Quinine and its salts - Number 41
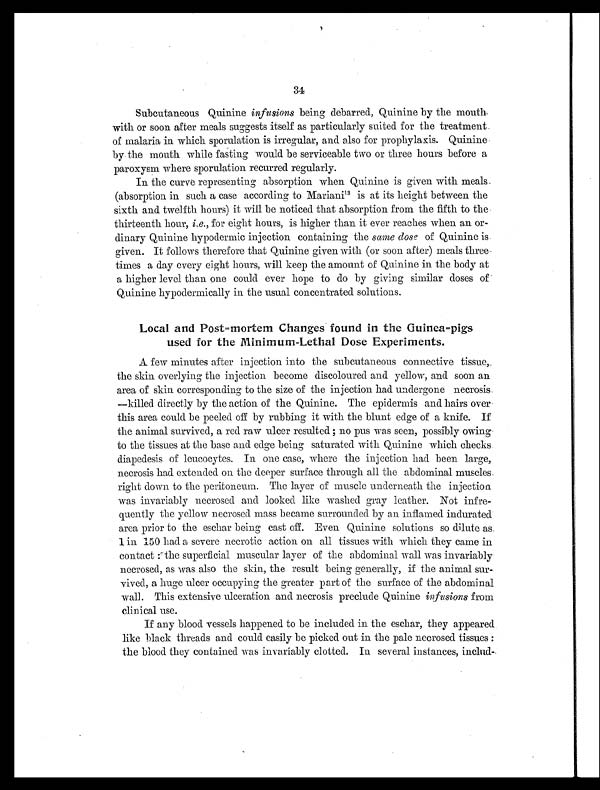
34
Subcutaneous Quinine infusions being debarred, Quinine by the mouth.
with or soon after meals suggests itself as particularly suited for the treatment
of malaria in which sporulation is irregular, and also for prophylaxis. Quinine
by the mouth while fasting would be serviceable two or three hours before a
paroxysm where sporulation recurred regularly.
In the curve representing absorption when Quinine is given with meals.
(absorption in such a case according to Mariani l3 is at its height between the
sixth and twelfth hours) it will be noticed that absorption from the fifth to the
thirteenth hour, i.e. , for eight hours, is higher than it ever reaches when an or-
dinary Quinine hypodermic injection containing the same dose of Quinine is
given. It follows therefore that Quinine given with (or soon after) meals three
times a day every eight hours, will keep the amount of Quinine in the body at
a higher level than one could ever hope to do by giving similar doses of
Quinine hypodermically in the usual concentrated solutions.
Local and Post=mortem Changes found in the Guinea=pigs
used for the Minimum-Lethal Dose Experiments.
A few minutes after injection into the subcutaneous connective tissue,.
the skin overlying the injection become discoloured and yellow, and soon an
area of skin corresponding to the size of the injection had undergone necrosis.
—killed directly by the action of the Quinine. The epidermis and hairs
o v e r t h i s a r e a c o u l d b e p e e l e d o f f b y r u b b i n g i t w i t h t h e b l u n t e d g e o f a k n i f e . I f
the animal survived, a red raw ulcer resulted; no pus was seen, possibly owing
to the tissues at the base and edge being saturated with Quinine which checks
diapedesis of leucocytes. In one case, where the injection had been large,
necrosis had extended on the deeper surface through all the abdominal muscles
right down to the peritoneum. The layer of muscle underneath the injection
was invariably necrosed and looked like washed gray leather. Not infre-
quently the yellow necrosed mass became surrounded by an inflamed indurated
area prior to the eschar being cast off. Even Quinine solutions so dilute as
1 in 150 had a severe necrotic action on all tissues with which they came in
contact: the superficial muscular layer of the abdominal wall was invariably
necrosed, as was also the skin, the result being generally, if the animal sur-
vived, a huge ulcer occupying the greater part of the surface of the abdominal
wall. This extensive ulceration and necrosis preclude Quinine infusions from
clinical use.
If any blood vessels happened to be included in the eschar, they appeared
like black threads and could easily be picked out in the pale necrosed tissues:
the blood they contained was invariably clotted. In several instances, includ-